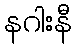
နဂါးနီ